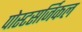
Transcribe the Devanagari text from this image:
पोस्टसर्जिकल